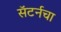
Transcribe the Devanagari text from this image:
सॅटर्नचा